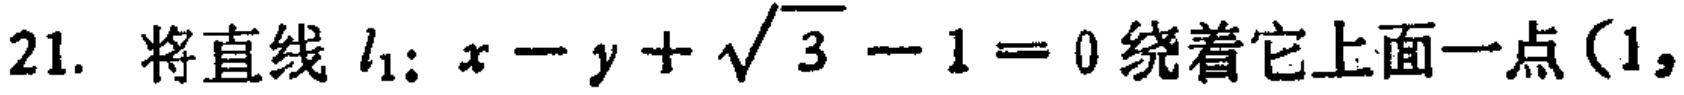
21. 将直线 \(l_{1}:x - y+\sqrt{3}-1 = 0\) 绕着它上面一点\((1,\)